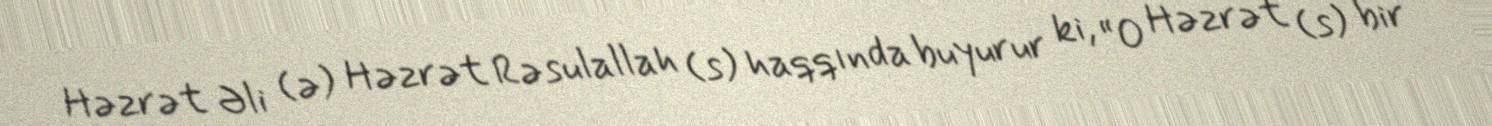
Həzrət Əli (ə) Həzrət Rəsulallah (s) haqqında buyurur ki, “O Həzrət (s) bir